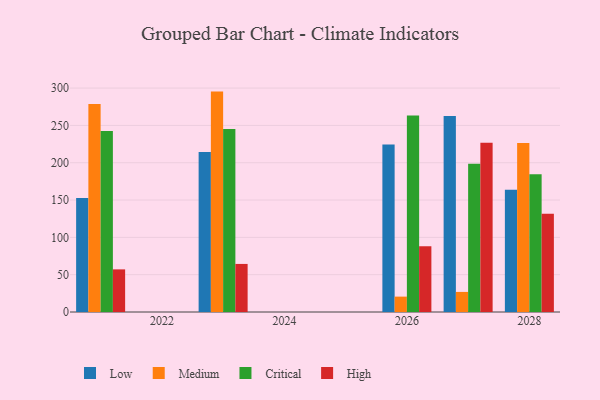
{"axis": {"x": "Year", "y": "Tickets Resolved"}, "legend": ["Critical", "High", "Low", "Medium"], "data": [{"x": "2021", "y": 152.8, "type": "Low"}, {"x": "2021", "y": 278.7, "type": "Medium"}, {"x": "2021", "y": 242.6, "type": "Critical"}, {"x": "2021", "y": 57.1, "type": "High"}, {"x": "2026", "y": 224.4, "type": "Low"}, {"x": "2026", "y": 20.6, "type": "Medium"}, {"x": "2026", "y": 263.4, "type": "Critical"}, {"x": "2026", "y": 88.1, "type": "High"}, {"x": "2023", "y": 214.5, "type": "Low"}, {"x": "2023", "y": 295.3, "type": "Medium"}, {"x": "2023", "y": 245.1, "type": "Critical"}, {"x": "2023", "y": 64.4, "type": "High"}, {"x": "2027", "y": 262.6, "type": "Low"}, {"x": "2027", "y": 26.9, "type": "Medium"}, {"x": "2027", "y": 198.7, "type": "Critical"}, {"x": "2027", "y": 226.9, "type": "High"}, {"x": "2028", "y": 163.8, "type": "Low"}, {"x": "2028", "y": 226.5, "type": "Medium"}, {"x": "2028", "y": 184.6, "type": "Critical"}, {"x": "2028", "y": 131.6, "type": "High"}]}